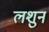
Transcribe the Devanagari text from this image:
लशुन